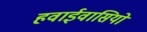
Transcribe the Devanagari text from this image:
हवाईवासियों